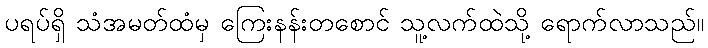
ပရပ်ရှိ သံအမတ်ထံမှ ကြေးနန်းတစောင် သူ့လက်ထဲသို့ ရောက်လာသည်။